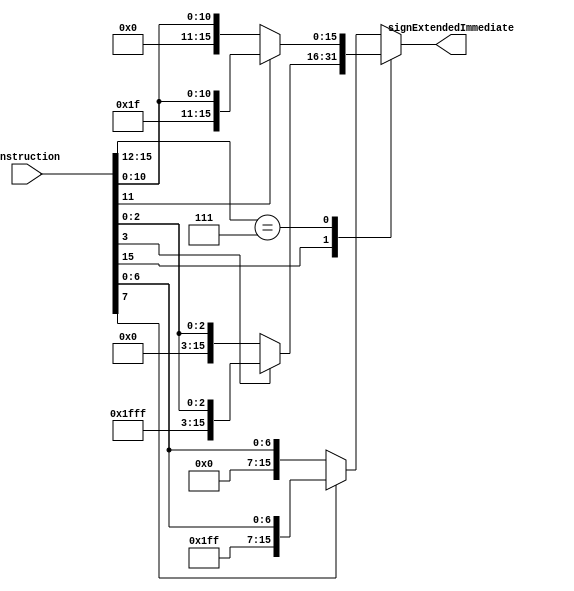
/*
 * Name: sign_extend
 * Functional as of 5:53pm 5/13/21
 * About:   Takes in whole instruction. Decides which sign extension to implement.
 *          It takes the whole instruction so the stage does not take as long. Or 
 *          else it would need to wait for the contorl unit as well. 
 */

module sign_extend 
(
    input [15:0] instruction,
    output reg [15:0] signExtendedImmediate
);

    always @(*)
    begin
        casex (instruction[15:12])
            4'b1XXX: if(instruction[3] == 1'b0)
                        signExtendedImmediate = {12'h000, instruction[3:0]};
                     else
                        signExtendedImmediate = {12'hFFF, instruction[3:0]};
            4'b0111: if(instruction[11] == 1'b0)
                        signExtendedImmediate = {4'h0, instruction[11:0]};
                     else
                        signExtendedImmediate = {4'hF, instruction[11:0]};
            4'b0XXX: if(instruction[7] == 1'b0)
                        signExtendedImmediate = {8'h00, instruction[7:0]};
                     else
                        signExtendedImmediate = {8'hFF, instruction[7:0]};
            default: signExtendedImmediate = {16'b0};               
        
        endcase
    end
endmodule